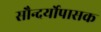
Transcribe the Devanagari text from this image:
सौन्दर्योपासक